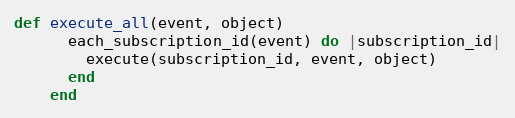
Language: Ruby
def execute_all(event, object)
      each_subscription_id(event) do |subscription_id|
        execute(subscription_id, event, object)
      end
    end